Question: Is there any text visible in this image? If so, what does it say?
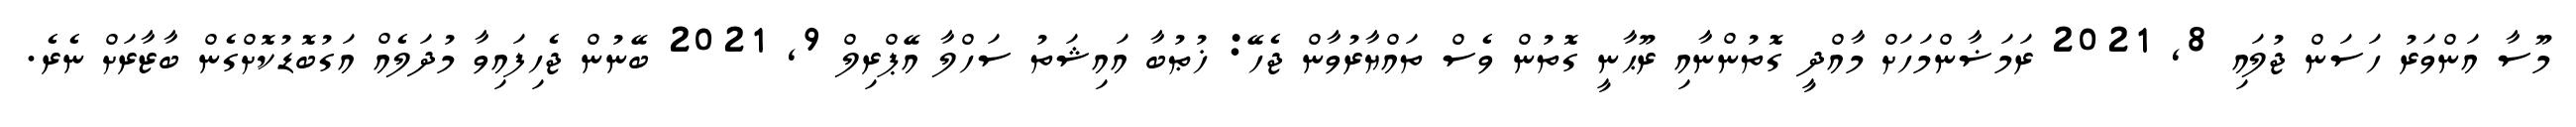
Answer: މޫސާ އަންވަރު ހަސަން ޖުލައި 8, 2021 ރަމަޟާންމަހަށް މާއްދީ ގޮތުންނާއި ރޫޙާނީ ގޮތުން ވެސް ތައްޔާރުވާން ޖެހޭ: ޚުޠުބާ އައިޝަތު ސަހްލާ އޭޕްރިލް 9, 2021 ބޭނުން ޖެހިފައިވާ މުދަލެއް އަގުބޮޑުކޮށްގެން ބާޒާރަށް ނެރެ.